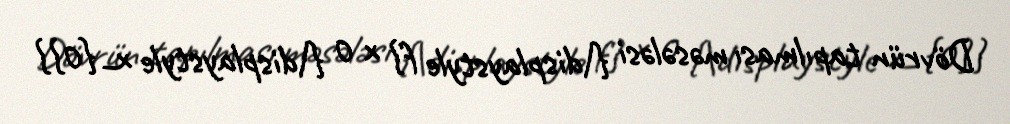
Dövrün tapılması məsələsi {\displaystyle f} x 0 {\displaystyle x_{0}}